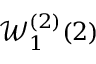
{ \mathcal { W } } _ { 1 } ^ { ( 2 ) } ( 2 )